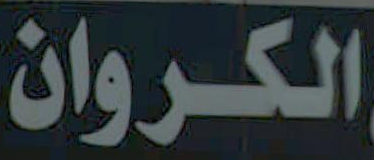
الكــروان